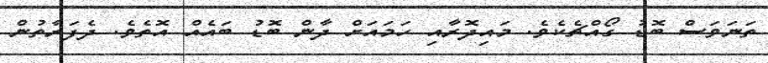
ތަނަވަސް ބޮޑު ގޯއްޗެކެވެ. މައިދޮރާއި ހަމައަށް ދާން ބޮޑު ބައެއް އޮތެވެ. ދެފަރާތުން